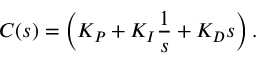
C ( s ) = \left( K _ { P } + K _ { I } { \frac { 1 } { s } } + K _ { D } s \right) .